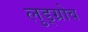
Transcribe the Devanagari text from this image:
लुड्ग्रोव